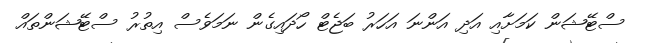
ސްޓޭޝަން ކަމަށާއި އަދި އަންނަ އަހަރު ބަޖެޓް ހޯދައިގެން ނަަމަވެސް އިތުރު ސްޓޭޝަންތައް